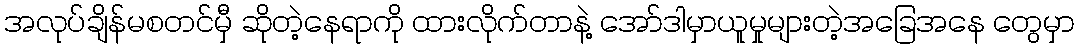
အလုပ်ချိန်မစတင်မှီ ဆိုတဲ့နေရာကို ထားလိုက်တာနဲ့ အော်ဒါမှာယူမှုများတဲ့အခြေအနေ တွေမှာ